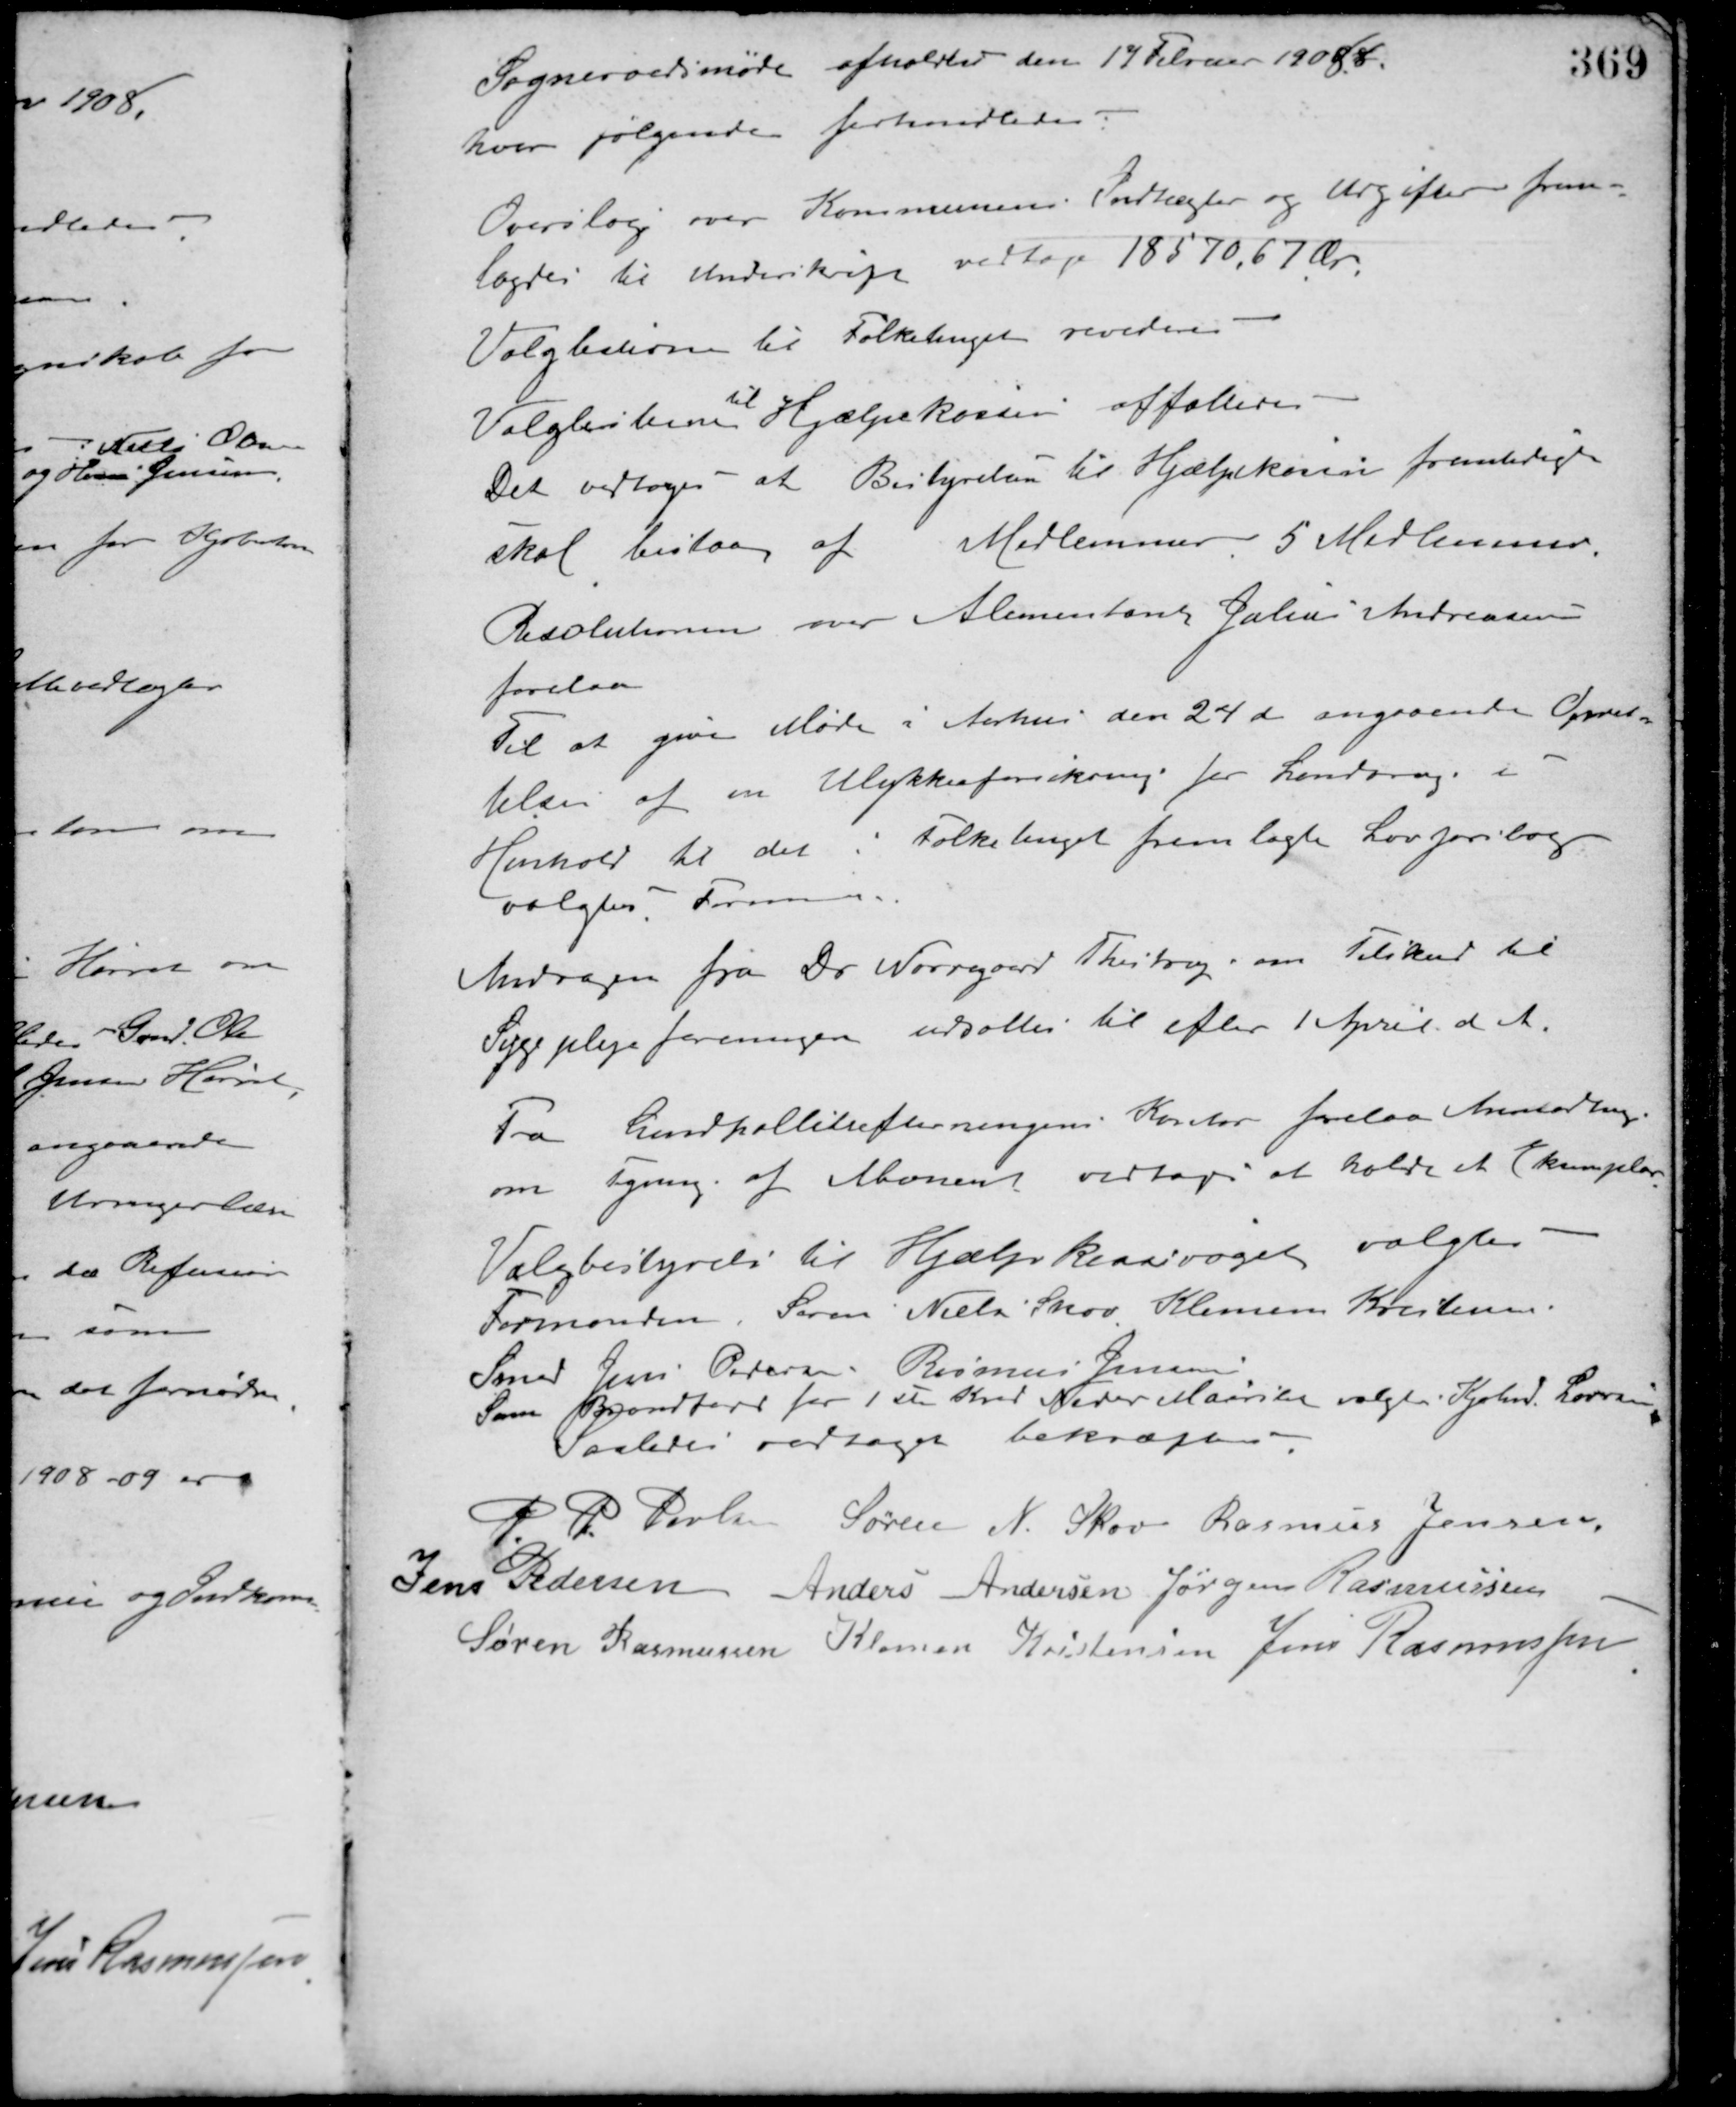
Transskription:
Sogneraadsmøde afholdtes den 17 Februar 19088.
hvor følgende forhandledes:
Overslag over Kommunens Indtægter og Udgifter frem-
lagdes til Underskrift vedtaget 18570,67 Øre
Valglisterne til Folketinget revideres
Valglisterne
til
Hjælpekassen affattedes
Det vedtoges at Bestyrelsen til Hjælpekassen fremtidigt
skal bestaa af Medlemmer. 5 Medlemmer.
Resolutionen over Alimentant Julius Andreasen
forelaa.
Til at give Møde i Aarhus den 24de angaaende Opret-
telse af en Ulykkesforsikring for Landbrug i
Henhold til det i Folketinget fremlagte Lovforslag
valgtes Formanden.
Andragen fra Dr. Nørregaard Thestrup, om Tilskud til
Sygeplejeforeningen udsættes til efter 1 April d. A.
Fra Landpollitiforeningens Kontor forelaa Anmodning
om Tegning af Abonent vedtoges at holde et Eksemplar.
Valgbestyrelse til Hjælpklassevaget valgtes
Formanden, Søren Nielsen Skov Klemen Kristensen
Smed Jens Pedersen Rasmus Jensen.
Som Brandfoged for 1 ste Kreds Neder Maarslet valgtes Kjøbmd. Larsen,
Saaledes vedtaget bekræftes
P. P. Poulsen Søren N. Skov Rasmus Jensen
Jens Pedersen Anders Andersen Jørgen Rasmussen
Søren Rasmussen Klemen Kristensen Jens Rasmussen